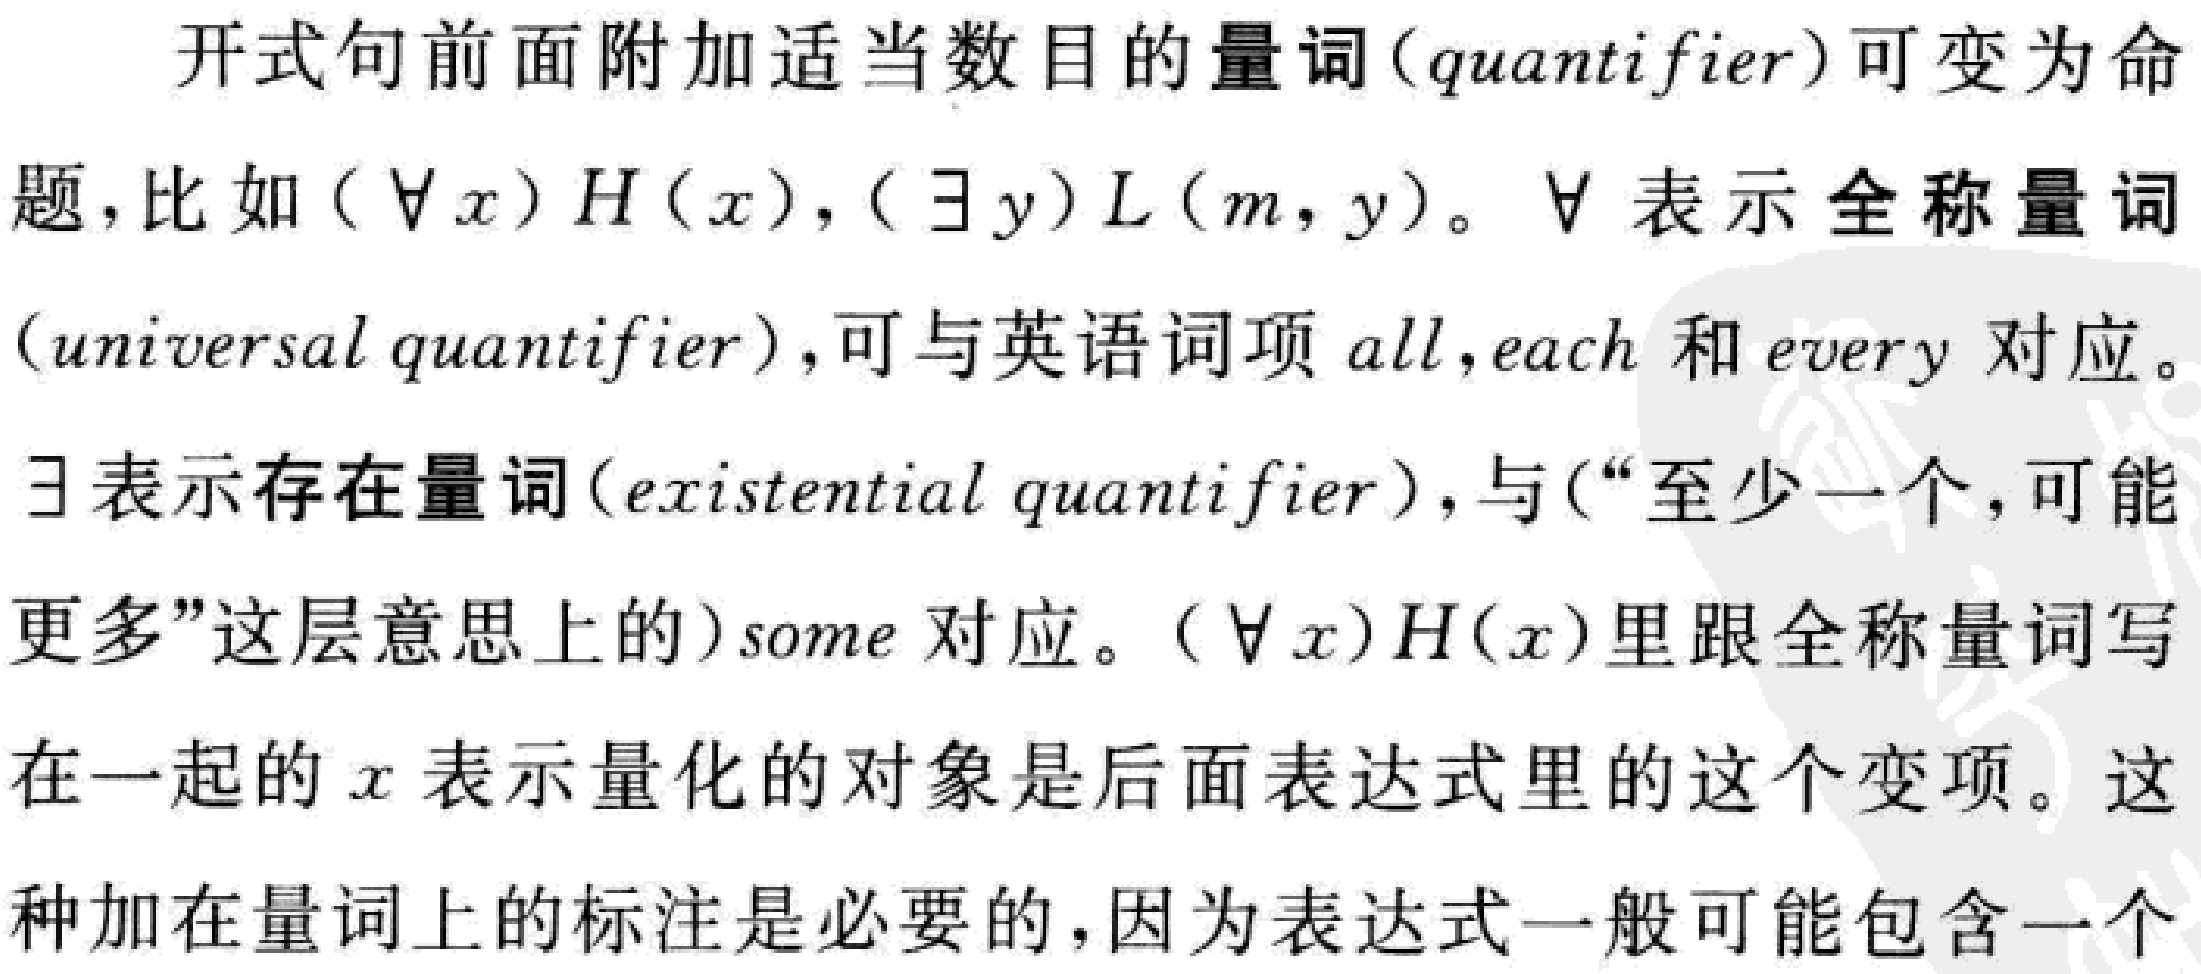
开式句前面附加适当数目的量词（quantifier）可变为命题，比如$(\forall x)H(x), (\exists y)L(m,y)$。$\forall$表示全称量词（universal quantifier），可与英语词项all,each和every对应。$\exists$表示存在量词（existential quantifier），与(“至少一个，可能更多”这层意思上的)some对应。$(\forall x)H(x)$里跟全称量词写在一起的$x$表示量化的对象是后面表达式里的这个变项。这种加在量词上的标注是必要的，因为表达式一般可能包含一个